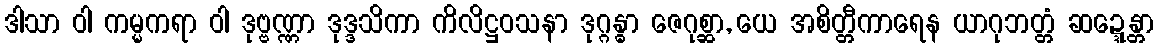
ဒါသာ ဝါ ကမ္မကရာ ဝါ ဒုဗ္ဗဏ္ဏာ ဒုဒ္ဒသိကာ ကိလိဋ္ဌဝသနာ ဒုဂ္ဂန္ဓာ ဇေဂုစ္ဆာ, ယေ အစိတ္တီကာရေန ယာဂုဘတ္တံ ဆဍ္ဍေန္တာ